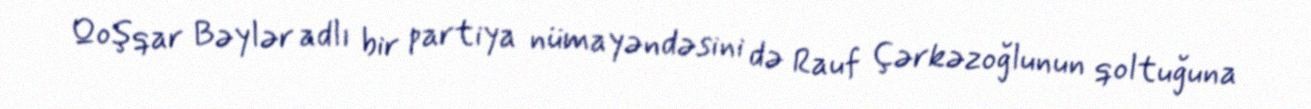
Qoşqar Bəylər adlı bir partiya nümayəndəsini də Rauf Çərkəzoğlunun qoltuğuna